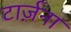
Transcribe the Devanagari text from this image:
टार्ज़ना